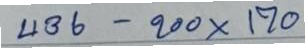
436 - 200x170